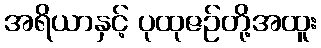
အရိယာနှင့် ပုထုဇဉ်တို့အထူး